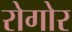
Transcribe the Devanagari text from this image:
रोगोर